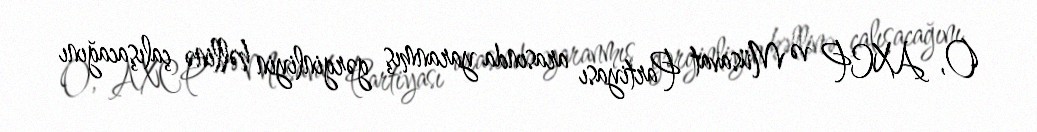
O, AXCP və Müsavat Partiyası arasında yaranmış gərginliyin həllinə çalışacağını